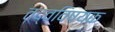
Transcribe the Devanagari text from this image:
तद्वविषयक